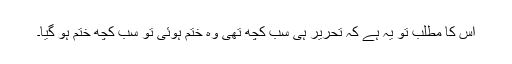
اس کا مطلب تو یہ ہے کہ تحریر ہی سب کچھ تھی وہ ختم ہوئی تو سب کچھ ختم ہو گیا۔